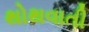
થોથવાતી